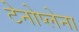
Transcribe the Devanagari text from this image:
टेनोप्लेना